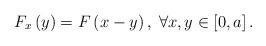
LaTeX: \begin{align*}F_{x}\left(y\right)=F\left(x-y\right),\;\forall x,y\in\left[0,a\right].\end{align*}